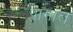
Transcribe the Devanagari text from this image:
पागाल